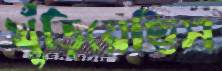
খুঁড়িয়েছিস